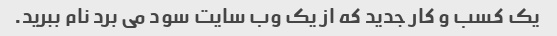
یک کسب و کار جدید که از یک وب سایت سود می برد نام ببرید.